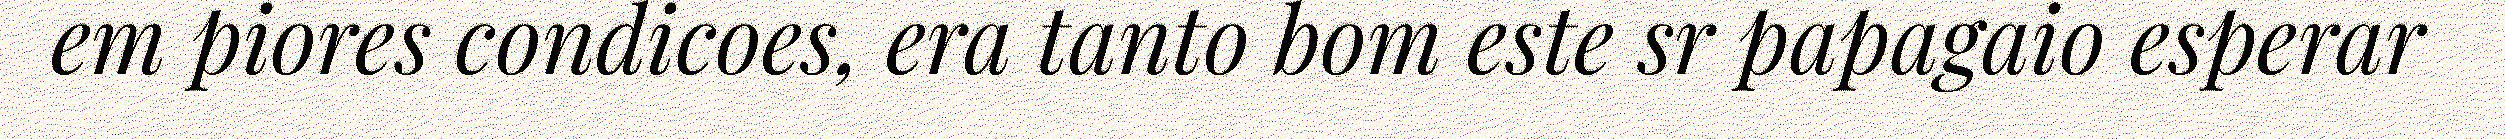
em piores condicoes, era tanto bom este sr papagaio esperar